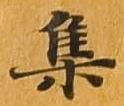
集